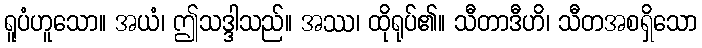
ရူပံဟူသော။ အယံ၊ ဤသဒ္ဒါသည်။ အဿ၊ ထိုရုပ်၏။ သီတာဒီဟိ၊ သီတအစရှိသော